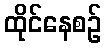
ထိုင်နေစဉ်